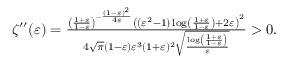
\begin{array} { r } { \zeta ^ { \prime \prime } ( \varepsilon ) = \frac { \left( \frac { 1 + \varepsilon } { 1 - \varepsilon } \right) ^ { - \frac { ( 1 - \varepsilon ) ^ { 2 } } { 4 \varepsilon } } \left( \left( \varepsilon ^ { 2 } - 1 \right) \log \left( \frac { 1 + \varepsilon } { 1 - \varepsilon } \right) + 2 \varepsilon \right) ^ { 2 } } { 4 \sqrt { \pi } ( 1 - \varepsilon ) \varepsilon ^ { 3 } ( 1 + \varepsilon ) ^ { 2 } \sqrt { \frac { \log \left( \frac { 1 + \varepsilon } { 1 - \varepsilon } \right) } { \varepsilon } } } > 0 . } \end{array}